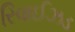
રિવાઈઝડ